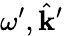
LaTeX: \omega^{\prime},\hat{\mathbf{k}}^{\prime}